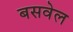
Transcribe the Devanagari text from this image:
बसवेल